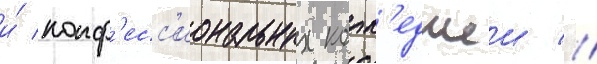
и́ конф'есс'иональных колл'еджеи //